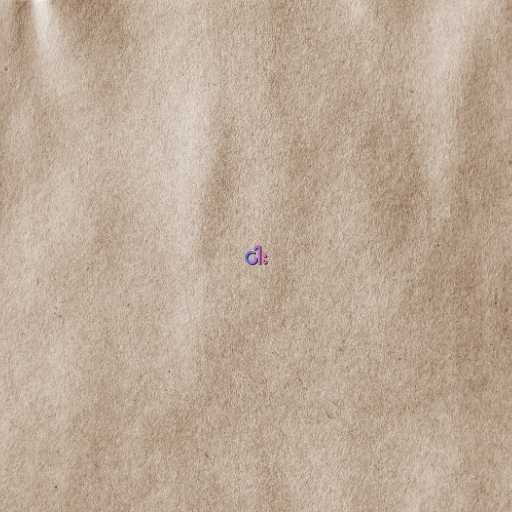
ငါး